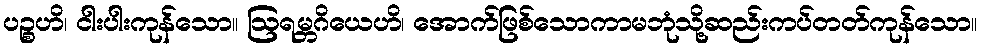
ပဉ္စဟိ၊ ငါးပါးကုန်သော။ ဩရမ္ဘဂိယေဟိ၊ အောက်ဖြစ်သောကာမဘုံသို့ဆည်းကပ်တတ်ကုန်သော။